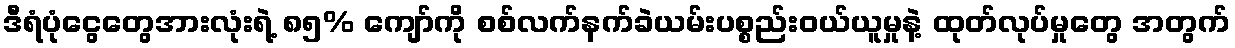
ဒီရံပုံငွေတွေအားလုံးရဲ့ ၈၅% ကျော်ကို စစ်လက်နက်ခဲယမ်းပစ္စည်းဝယ်ယူမှုနဲ့ ထုတ်လုပ်မှုတွေ အတွက်